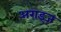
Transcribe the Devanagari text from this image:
अराइज़